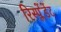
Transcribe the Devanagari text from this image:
रिस्प्लेंडेंट